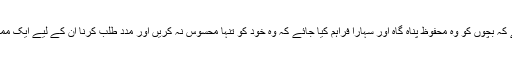
یہ بہت ضروری ہے کہ بچوں کو وہ محفوظ پناہ گاہ اور سہارا فراہم کیا جائے کہ وہ خود کو تنہا محسوس نہ کریں اور مدد طلب کرنا ان کے لیے ایک ممکن اور معلوم حل ہو۔